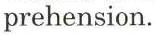
prehension.